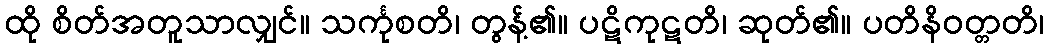
ထို စိတ်အတူသာလျှင်။ သင်္ကုစတိ၊ တွန့်၏။ ပဋိကုဋတိ၊ ဆုတ်၏။ ပတိနိဝတ္တတိ၊